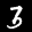
Label: 3